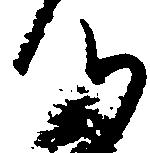
つ